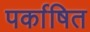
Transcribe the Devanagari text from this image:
पर्काषित